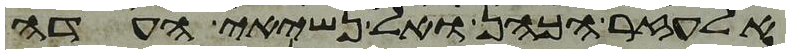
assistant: אלעזר הכהן ואל נשיאי העדה